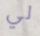
لي